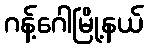
ဂန့်ဂေါမြို့နယ်